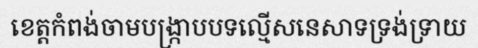
ខេត្តកំពង់ចាមបង្ក្រាបបទល្មើសនេសាទទ្រង់ទ្រាយ